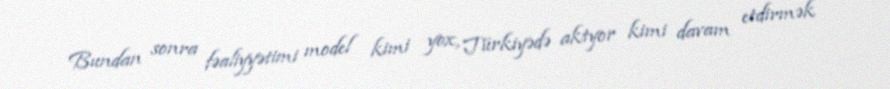
Bundan sonra fəaliyyətimi model kimi yox, Türkiyədə aktyor kimi davam etdirmək